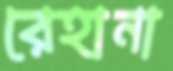
রেহানা